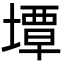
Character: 墰